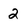
Character: 2